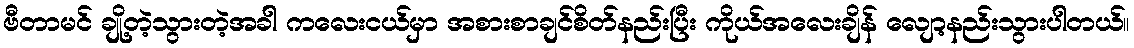
ဗီတာမင် ချို့တဲ့သွားတဲ့အခါ ကလေးငယ်မှာ အစားစာချင်စိတ်နည်းပြီး ကိုယ်အလေးချိန် လျော့နည်းသွားပါတယ်။